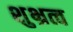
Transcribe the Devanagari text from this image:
शुभ्रत्व